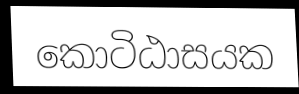
කොටිඨාසයක